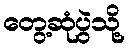
တွေ့ဆုံပွဲသို့